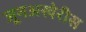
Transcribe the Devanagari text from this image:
जूनअखेरीस